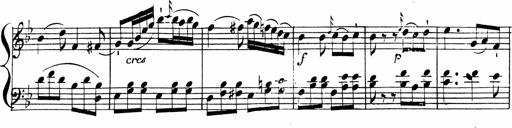
Title: 2 Piano Sonatinas
Composer: Ferdinand Ries